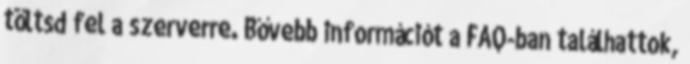
töltsd fel a szerverre. Bővebb információt a FAQ-ban találhattok,